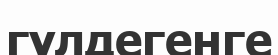
гүлдегенге